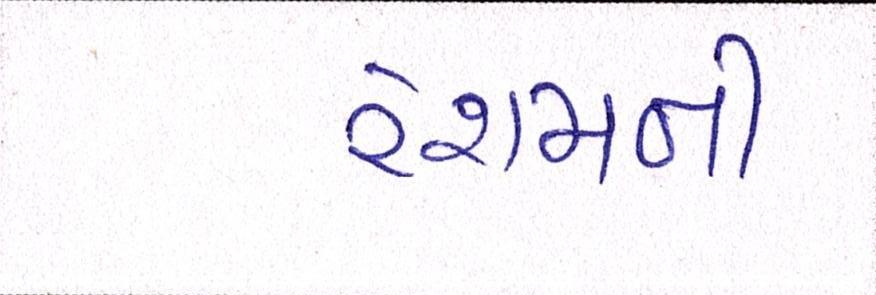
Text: રેશમની